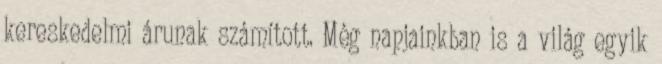
kereskedelmi árunak számított. Még napjainkban is a világ egyik